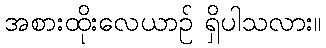
အစားထိုးလေယာဉ် ရှိပါသလား။